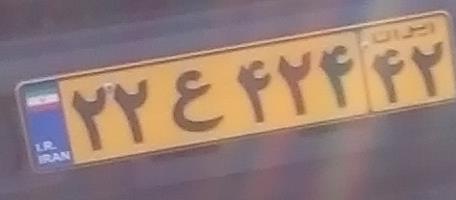
۲۲ع۴۲۴۴۲